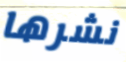
نشرها